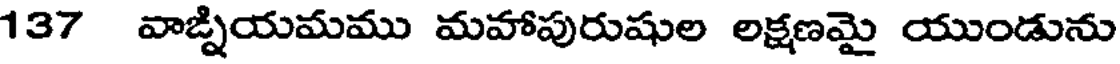
137 వాఙ్నియమము మహాపురుషుల లక్షణమై యుండును